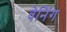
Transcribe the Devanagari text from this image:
वेनिंग